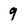
Character: 9